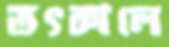
তৎকালে